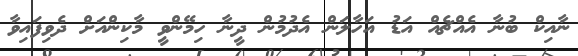
ނާއިކް ބުނާ އެއްޗެއް އަޑު އަހާލަން އެދުމުން ދީނާ ހިމޭންވީ މާކިންއަށް ދެވިފައިވާ